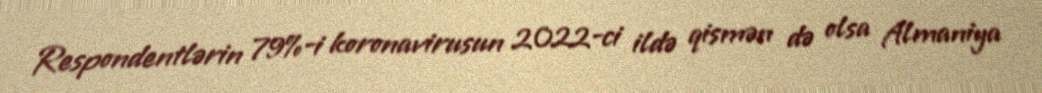
Respondentlərin 79%-i koronavirusun 2022-ci ildə qismən də olsa Almaniya